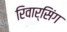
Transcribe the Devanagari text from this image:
रिवार्सिंग